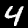
Label: 4